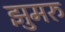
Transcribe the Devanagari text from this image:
झुमरु